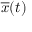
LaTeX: { \overline { { x } } } ( t )